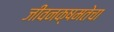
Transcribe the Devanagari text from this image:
जीवनक्षमतेचा